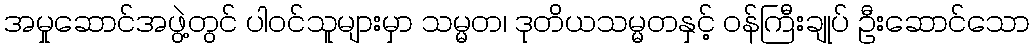
အမှုဆောင်အဖွဲ့တွင် ပါဝင်သူများမှာ သမ္မတ၊ ဒုတိယသမ္မတနှင့် ဝန်ကြီးချုပ် ဦးဆောင်သော